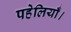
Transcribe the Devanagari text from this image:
पहेलियाँ।